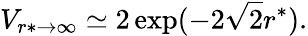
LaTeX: V_{r*\to\infty}\simeq 2\exp(-2\sqrt 2r^{*}).